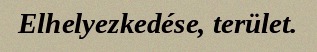
Elhelyezkedése, terület.